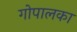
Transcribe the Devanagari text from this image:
गोपालका